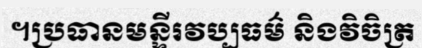
។ប្រធានមន្ទីរវប្បធម៌ និងវិចិត្រ